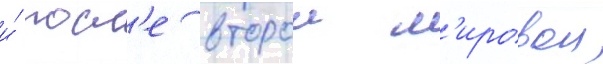
и́ посл'е второи м'ировои